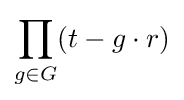
\prod _{g\in G}(t-g\cdot r)